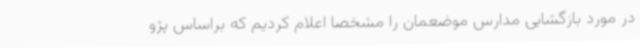
در مورد بازگشایی مدارس موضعمان را مشخصا اعلام کردیم که براساس پژو